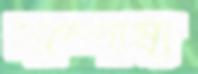
সম্পোষ্য